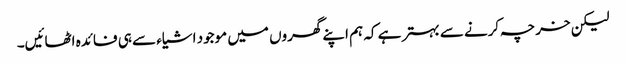
لیکن خرچہ کرنے سے بہتر ہے کہ ہم اپنے گھروں میں موجود اشیاء سے ہی فائدہ اٹھائیں۔